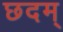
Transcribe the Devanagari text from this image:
छदम्